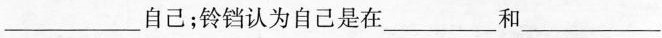
___自己；铃铛认为自己是在___和___